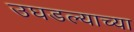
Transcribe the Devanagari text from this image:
उघडल्याच्या